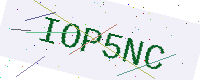
Text: IOP5NC